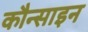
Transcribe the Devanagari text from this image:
कौन्साइन